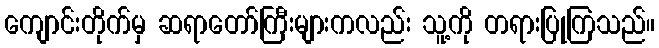
ကျောင်းတိုက်မှ ဆရာတော်ကြီးများကလည်း သူ့ကို တရားပြုကြသည်။